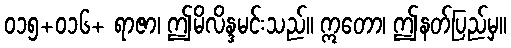
၀၁၅+၀၁၆+ ရာဇာ၊ ဤမိလိန္ဒမင်းသည်။ ဣတော၊ ဤနတ်ပြည်မှ။